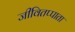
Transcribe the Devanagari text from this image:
जीवितप्पाता